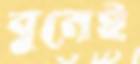
বুনেই